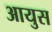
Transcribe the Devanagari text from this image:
आयुस